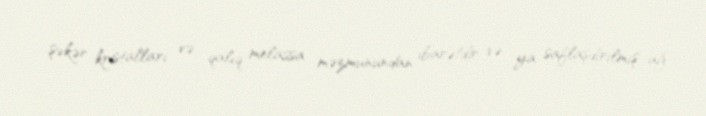
şəkər kristalları və qalıq melassa məzmunundan ibarətdir və ya saflaşdırılmış ağ